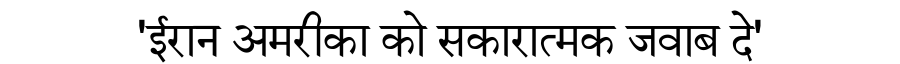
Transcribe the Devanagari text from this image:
'ईरान अमरीका को सकारात्मक जवाब दे'